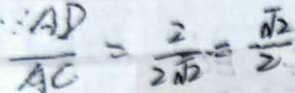
\frac { A D } { A C } = \frac { 2 } { 2 \sqrt { 2 } } = \frac { \sqrt { 2 } } { 2 }